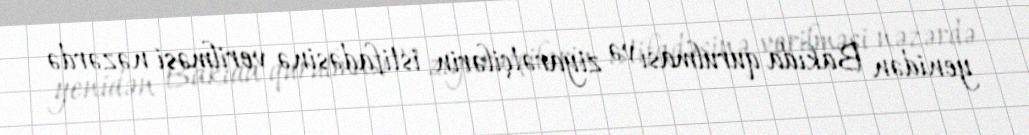
yenidən Bakıda qurulması və ziyarətçilərin istifadəsinə verilməsi nəzərdə